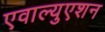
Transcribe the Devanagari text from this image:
एवाल्युएशन